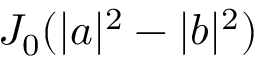
J _ { 0 } ( | a | ^ { 2 } - | b | ^ { 2 } )